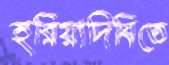
হরিয়াদিঘিতে